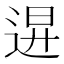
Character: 𨓙